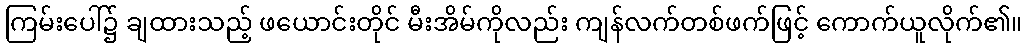
ကြမ်းပေါ်၌ ချထားသည့် ဖယောင်းတိုင် မီးအိမ်ကိုလည်း ကျန်လက်တစ်ဖက်ဖြင့် ကောက်ယူလိုက်၏။